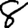
Digit: 8